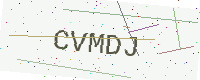
Text: CVMDJ